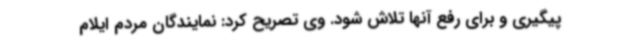
پیگیری و برای رفع آنها تلاش شود. وی تصریح کرد: نمایندگان مردم ایلام